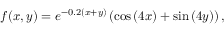
f ( x , y ) = e ^ { - 0 . 2 ( x + y ) } \left( \cos \left( 4 x \right) + \sin \left( 4 y \right) \right) ,